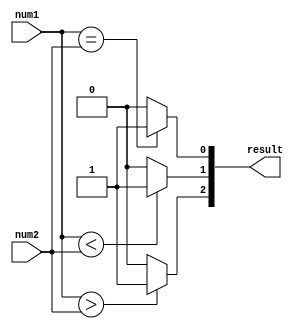
module two_bit_comparator(
    input [1:0] num1,
    input [1:0] num2,
    output [2:0] result
);

assign result[2] = (num1 > num2) ? 1'b1 : 1'b0;
assign result[1] = (num1 < num2) ? 1'b1 : 1'b0;
assign result[0] = (num1 == num2) ? 1'b1 : 1'b0;

endmodule